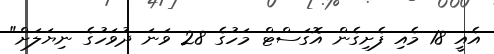
އެއީ 18 މެއި ފެށިގެން އޮގަސްޓް މަހުގެ 28 ވަނަ ދުވަހުގެ ނިޔަލަށް"